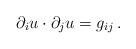
\begin{align*}\partial_i u \cdot \partial_j u = g_{ij}\, .\end{align*}